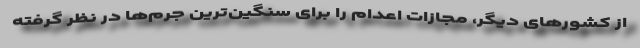
از کشورهای دیگر، مجازات اعدام را برای سنگین‌ترین جرم‌ها در نظر گرفته